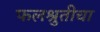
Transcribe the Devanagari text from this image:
फलश्रुतीचा